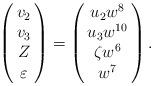
LaTeX: \begin{align*}\left(\begin{array}{@{\,}c@{\,}}v_2 \\v_3 \\Z \\\varepsilon \end{array}\right) = \left(\begin{array}{@{\,}c@{\,}}u_{2}w^{8} \\u_{3}w^{10} \\\zeta w^{6} \\ w^{7}\end{array}\right).\end{align*}